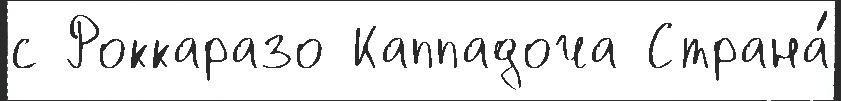
с Роккаразо Каппадоча Страна́